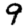
Digit: 9